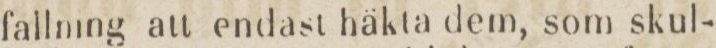
fallning att endast häkta dem, som skul-